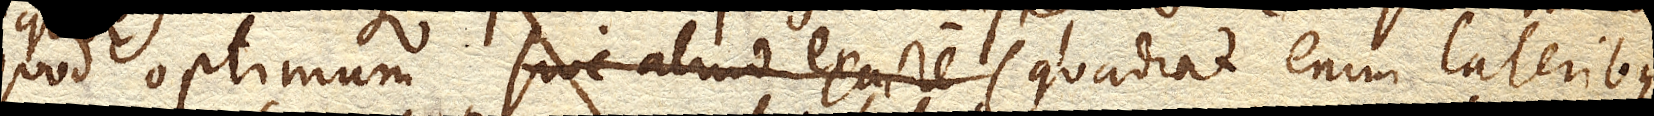
quod optimum sive aliud exacte (quadrat enim lateribus